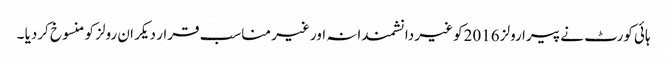
ہائی کورٹ نے پیرا رولز 2016کو غیر دانشمندانہ اور غیر مناسب قرار دیکر ان رولز کو منسوخ کردیا ۔